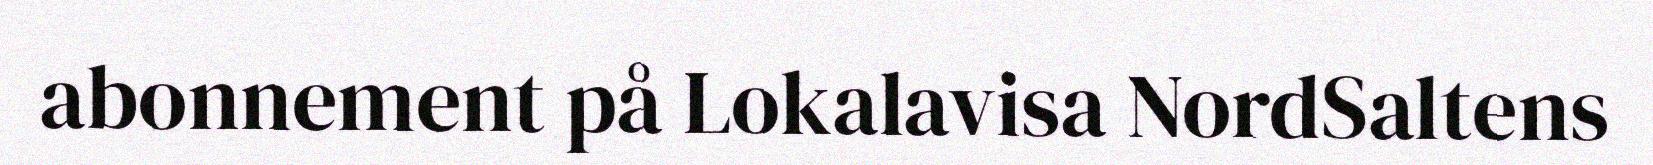
abonnement på Lokalavisa NordSaltens